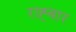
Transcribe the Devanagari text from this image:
राह्बार